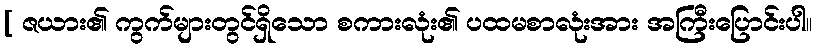
[ ဇယား၏ ကွက်များတွင်ရှိသော စကားလုံး၏ ပထမစာလုံးအား အကြီးပြောင်းပါ။